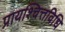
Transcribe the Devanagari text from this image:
प्रायश्चित्तविधि